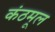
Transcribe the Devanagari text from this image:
कंठमूल